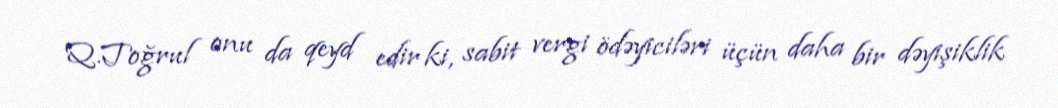
Q.Toğrul onu da qeyd edir ki, sabit vergi ödəyiciləri üçün daha bir dəyişiklik